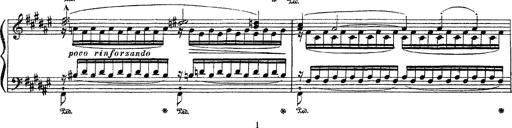
Title: Apparitions
Composer: Franz Liszt